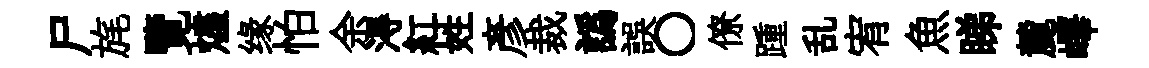
尸旄覽燼缘怕余淂紅姓彦裁譌誤〇僚踵乱宥魚睇麓嶧